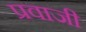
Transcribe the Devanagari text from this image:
प्रवाजी